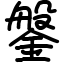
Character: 鎜